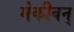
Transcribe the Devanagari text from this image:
मेकीवन्